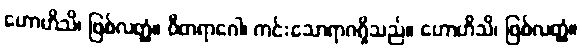
ဟောဟိသိ၊ ဖြစ်လတ္တံ့။ ဝီတရာဂေါ၊ ကင်းသောရာဂရှိသည်။ ဟောဟိသိ၊ ဖြစ်လတ္တံ့။